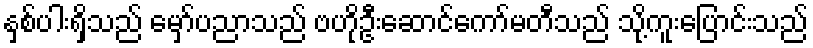
နှစ်ပါးရှိသည် မှော်ပညာသည် ဗဟိုဦးဆောင်ကော်မတီသည် သို့ကူးပြောင်းသည်